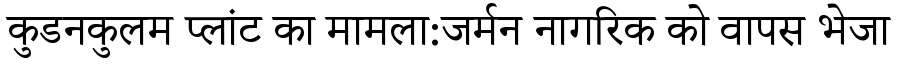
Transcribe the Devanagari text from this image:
कुडनकुलम प्लांट का मामला:जर्मन नागरिक को वापस भेजा